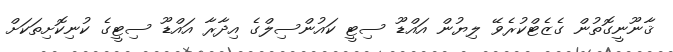
ޤާނޫނީގޮތުން ގެޒެޓްކުރެވޭ ލިޔުން އައްޑޫ ސިޓީ ކައުންސިލްގެ އިދާރާ އައްޑޫ ސިޓީގެ ކުނިކޮށިތަކަށް